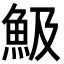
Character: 魥